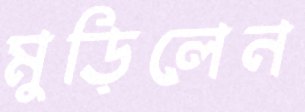
মুড়িলেন